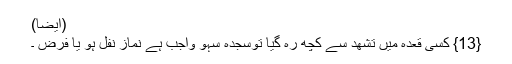
(اَیضاً)
{13} کسی قعدہ میں تَشَھُّد سے کچھ رَہ گیا توسَجدۂ سَہْو واجِب ہے نَماز نفل ہو یا فرض ۔